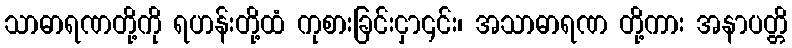
သာဓာရဏတို့ကို ရဟန်းတို့ထံ ကုစားခြင်းငှာ၎င်း၊ အသာဓာရဏ တို့ကား အနာပတ္တိ